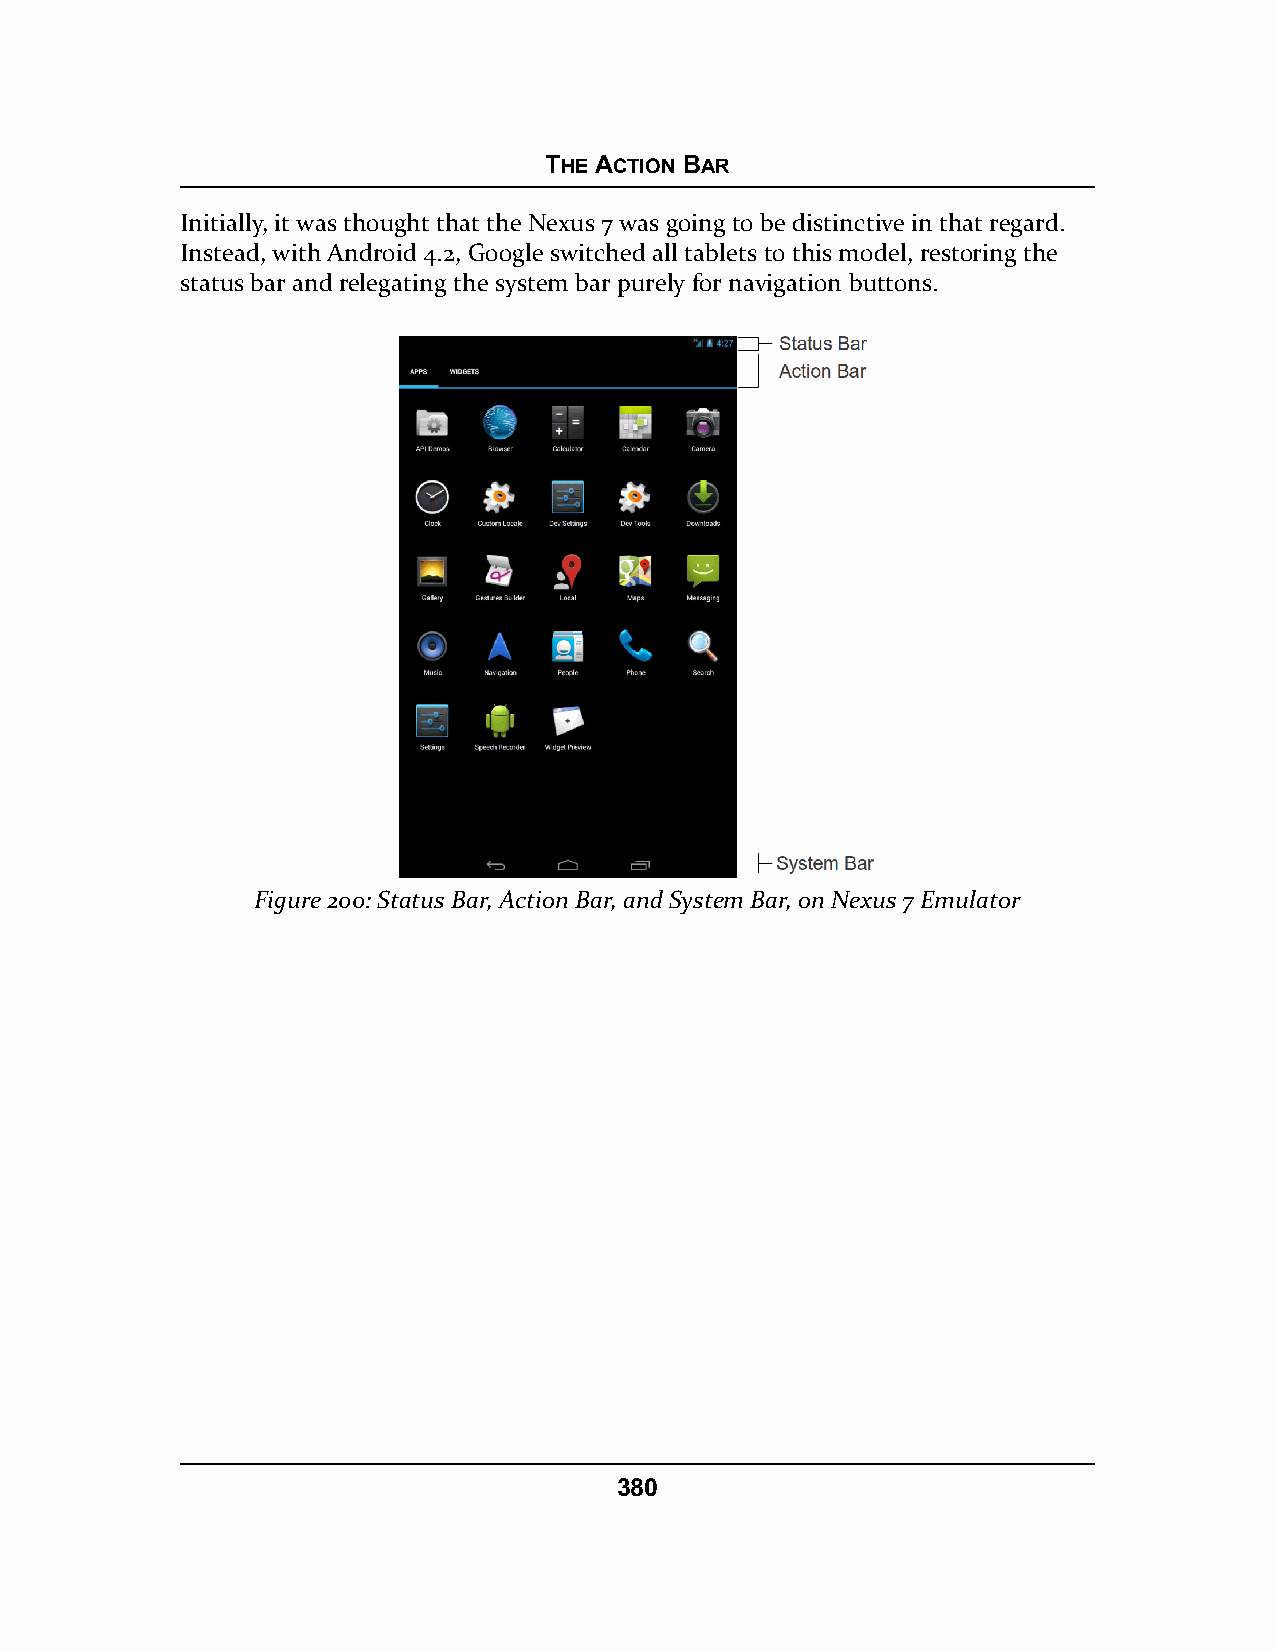
THE ACTION BAR
 Initially, it was thought that the Nexus 7 was going to be distinctive in that regard.
 Instead, with Android 4.2, Google switched all tablets to this model, restoring the
 status bar and relegating the system bar purely for navigation buttons.
 Figure 200: Status Bar, Action Bar, and System Bar, on Nexus 7 Emulator
 380